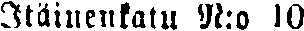
Itäinenkatu N:o 10